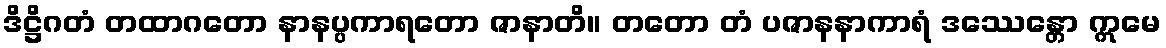
ဒိဋ္ဌိဂတံ တထာဂတော နာနပ္ပကာရတော ဇာနာတိ။ တတော တံ ပဇာနနာကာရံ ဒဿေန္တော ဣမေ